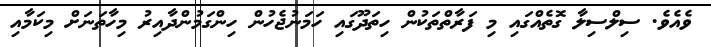
ވެއެވެ. ސިލްސިލާ ގޮތެއްގައި މި ފަރާތްތަކުން ހިތަދޫގައި ހަމަނުޖެހުން ހިންގަމުންދާއިރު މިހާތަނަށް މިކަމާއި